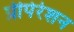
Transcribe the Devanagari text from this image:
प्रीपेरेशन